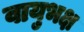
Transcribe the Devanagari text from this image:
वायुभक्ष